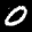
Label: 0